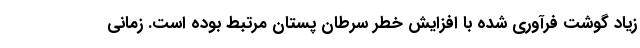
زیاد گوشت فرآوری شده با افزایش خطر سرطان پستان مرتبط بوده است. زمانی